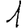
Digit: 1